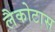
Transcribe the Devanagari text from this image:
लैकोटास